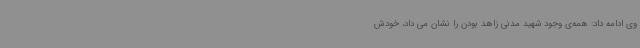
وی ادامه داد: همه‌ی وجود شهید مدنی زاهد بودن را نشان می داد، خودش